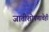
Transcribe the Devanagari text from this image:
जातीशोषणाचेही